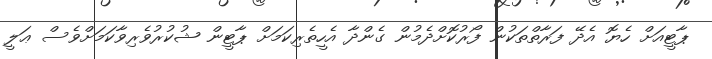
ޕާޓީއަށް ހެޔޮ އެދޭ ފަރާތްތަކުން ފޯރުކޮށްދެމުން ގެންދާ އެހީތެރިކަމަށް ޕާޓީން ޝުކުރުވެރިވާކަމަށްވެސް ޢަލީ